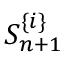
S _ { n + 1 } ^ { \{ i \} }